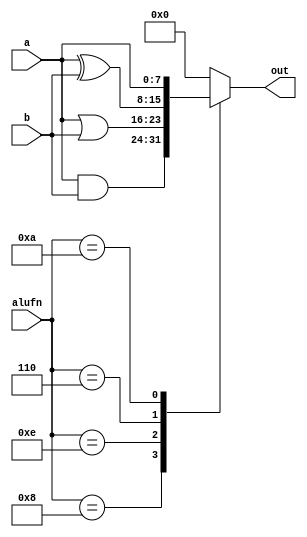
module boolean_4 (
    input [7:0] a,
    input [7:0] b,
    input [3:0] alufn,
    output reg [7:0] out
  );
  
  
  
  always @* begin
    
    case (alufn)
      4'h8: begin
        out = a & b;
      end
      4'he: begin
        out = a | b;
      end
      4'h6: begin
        out = a ^ b;
      end
      4'ha: begin
        out = a;
      end
      default: begin
        out = 1'h0;
      end
    endcase
  end
endmodule